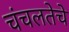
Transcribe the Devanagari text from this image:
चंचलतेचे